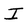
Character: I